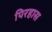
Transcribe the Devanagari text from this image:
पिरहास